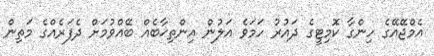
އެމްޖޭއޭގެ ހިންގާ ކޮމިޓީގެ ދައުރު ހަމަވެ އަލުން އިންތިޚާބެއް ބޭއްވުމަށް ދެފަރެއްގެ މަތިން